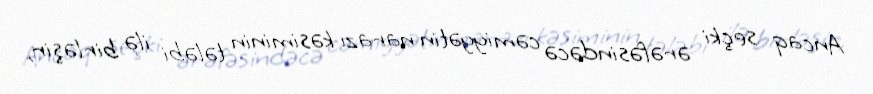
Ancaq seçki ərəfəsindəcə cəmiyyətin narazı kəsiminin tələbi ilə birləşir,